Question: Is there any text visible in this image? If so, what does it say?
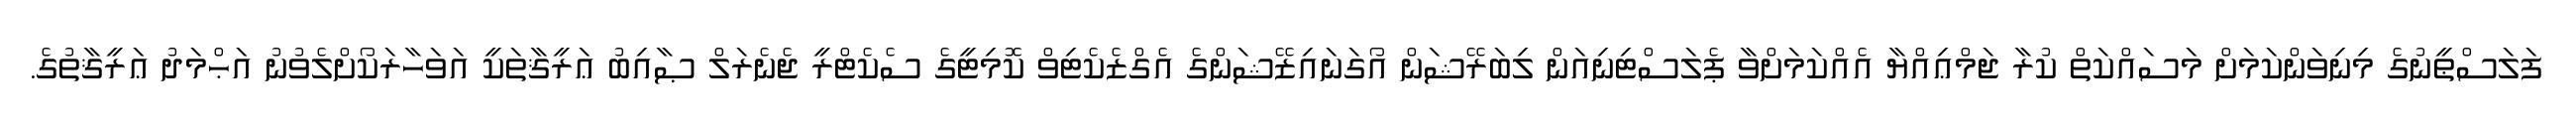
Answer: ފަލަސްޠީނުގެ މިނިވަންކަމަށް މަސައްކަތް ކުރާ ޖަމްޢިއްޔާ އެއްކަމަށްވާ ޕެލަސްޓިނިއަން ލިބަރޭޝަން އޯގަނައިޒޭޝަންގެ އެގްޒެކެޓިވް ކޮމިޓީގެ ސެކެޓްރީ ޖެނެރަލް ޞާއިބު ޢަރީޤާތަކީ އަވަހާރަކޯށްލެވުނު އަޙްމަދު ޢަރީޤާތުގެ.